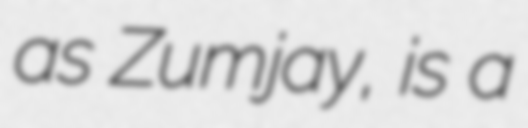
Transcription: as Zumjay, is a